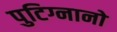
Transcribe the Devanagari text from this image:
पुटिग्नानो